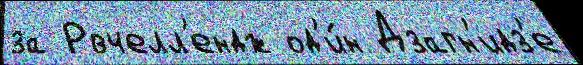
за Рвчелл'ендж од'и́н Дзагн'идз'е